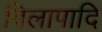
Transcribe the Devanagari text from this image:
विलापादि